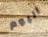
اليوم